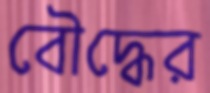
বৌদ্ধের